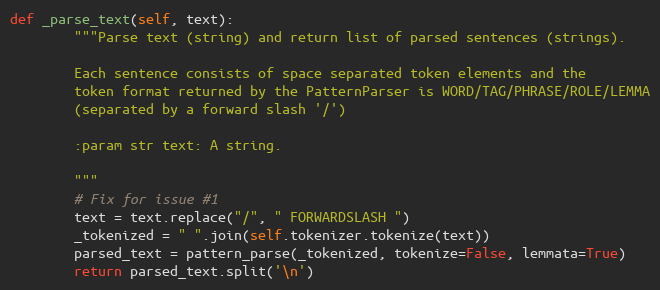
Language: Python
def _parse_text(self, text):
        """Parse text (string) and return list of parsed sentences (strings).

        Each sentence consists of space separated token elements and the
        token format returned by the PatternParser is WORD/TAG/PHRASE/ROLE/LEMMA
        (separated by a forward slash '/')

        :param str text: A string.

        """
        # Fix for issue #1
        text = text.replace("/", " FORWARDSLASH ")
        _tokenized = " ".join(self.tokenizer.tokenize(text))
        parsed_text = pattern_parse(_tokenized, tokenize=False, lemmata=True)
        return parsed_text.split('\n')